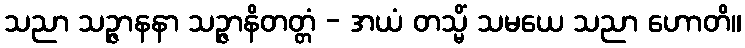
သညာ သဉ္ဇာနနာ သဉ္ဇာနိတတ္တံ - အယံ တသ္မိံ သမယေ သညာ ဟောတိ။